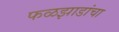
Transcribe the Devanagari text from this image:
फळझाडांचा